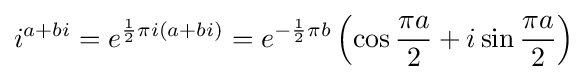
i^{a+bi}=e^{{\frac {1}{2}}{\pi i}(a+bi)}=e^{-{\frac {1}{2}}{\pi b}}\left(\cos {\frac {\pi a}{2}}+i\sin {\frac {\pi a}{2}}\right)